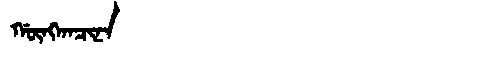
Manchu: ᡤᡡᠩᡴᠠᠴᡳᠨᠠ
Romanization: GŪNGKACINA